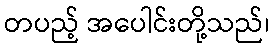
တပည့် အပေါင်းတို့သည်၊